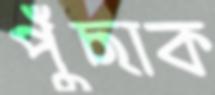
পুঁছাক